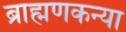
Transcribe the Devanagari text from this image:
ब्राह्मणकन्या